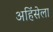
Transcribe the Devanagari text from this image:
अहिंसेला